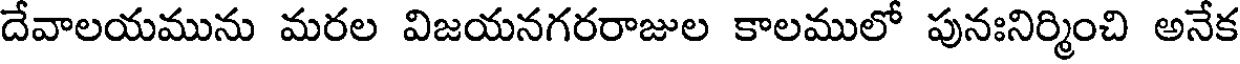
దేవాలయమును మరల విజయనగరరాజుల కాలములో పునఃనిర్మించి అనేక